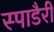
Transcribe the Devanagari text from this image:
स्पाडैरी